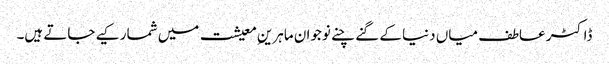
ڈاکٹر عاطف میاں دنیا کے گنے چنے نوجوان ماہرینِ معیشت میں شمار کیے جاتے ہیں۔